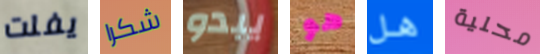
يفلت شكرا يبدو هو هل محلية